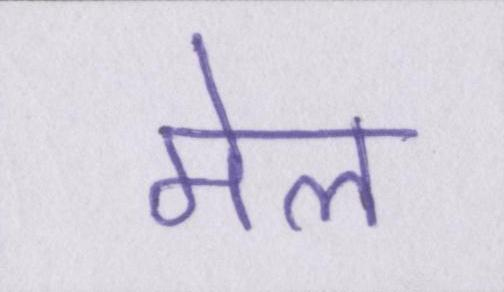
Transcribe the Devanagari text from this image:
मेल